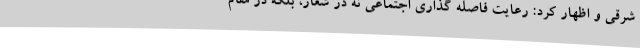
شرقی و اظهار کرد: رعایت فاصله گذاری اجتماعی نه در شعار، بلکه در مقام